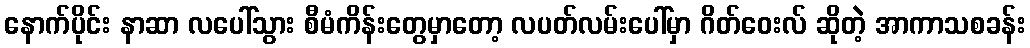
နောက်ပိုင်း နာဆာ လပေါ်သွား စီမံကိန်းတွေမှာတော့ လပတ်လမ်းပေါ်မှာ ဂိတ်ဝေးလ် ဆိုတဲ့ အာကာသစခန်း